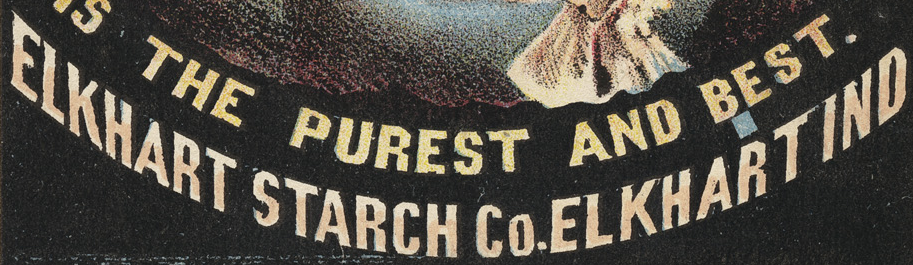
ELKHART STARCH Co.ELKHARTIND